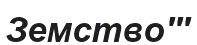
Земство'''